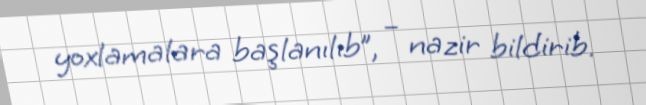
yoxlamalara başlanılıb”, – nazir bildirib.